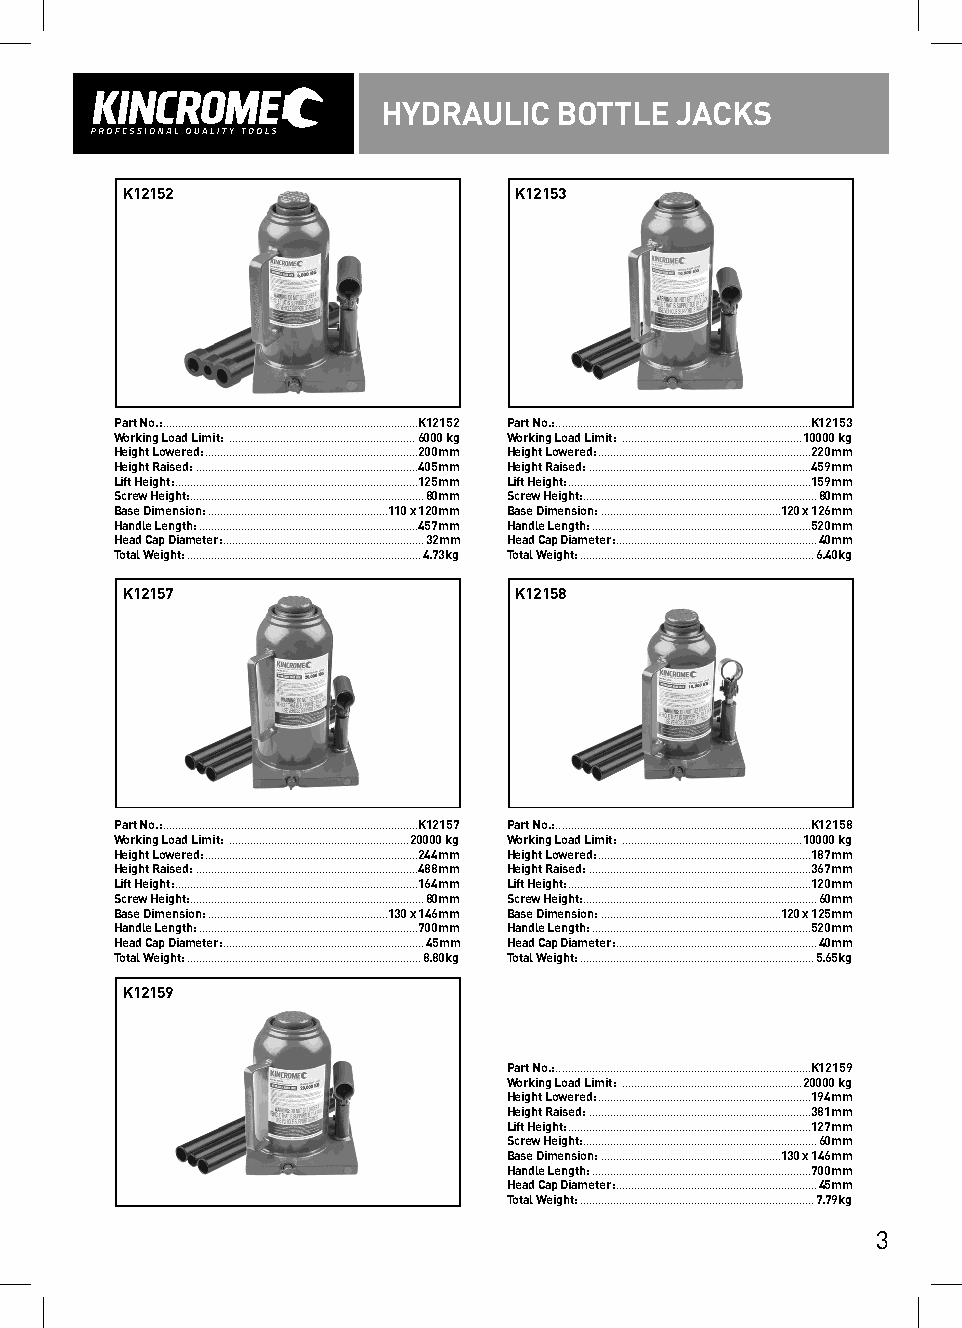
HYDRAULIC   BOTTLE  JACKS
 K12152                    K12153
 Part No.: .....................................................................................K12152 Part No.: .....................................................................................K12153
 Working Load Limit: ..............................................................6000 kg Working Load Limit: ............................................................10000 kg
 Height Lowered: .......................................................................200mm Height Lowered: .......................................................................220mm
 Height Raised: ..........................................................................405mm Height Raised: ..........................................................................459mm
 Lift Height: .................................................................................125mm Lift Height: .................................................................................159mm
 Screw Height: ..............................................................................80mm Screw Height: ..............................................................................80mm
 Base Dimension: ............................................................110 x 120mm Base Dimension: ............................................................120 x 126mm
 Handle Length: .........................................................................457mm Handle Length: .........................................................................520mm
 Head Cap Diameter: ...................................................................32mm Head Cap Diameter: ...................................................................40mm
 Total Weight: ..............................................................................4.73kg Total Weight: ..............................................................................6.40kg
 K12157                    K12158
 Part No.: .....................................................................................K12157 Part No.: .....................................................................................K12158
 Working Load Limit: ............................................................20000 kg Working Load Limit: ............................................................10000 kg
 Height Lowered: .......................................................................244mm Height Lowered: .......................................................................187mm
 Height Raised: ..........................................................................488mm Height Raised: ..........................................................................367mm
 Lift Height: .................................................................................164mm Lift Height: .................................................................................120mm
 Screw Height: ..............................................................................80mm Screw Height: ..............................................................................60mm
 Base Dimension: ............................................................130 x 146mm Base Dimension: ............................................................120 x 125mm
 Handle Length: .........................................................................700mm Handle Length: .........................................................................520mm
 Head Cap Diameter: ...................................................................45mm Head Cap Diameter: ...................................................................40mm
 Total Weight: ..............................................................................8.80kg Total Weight: ..............................................................................5.65kg
 K12159
 Part No.: .....................................................................................K12159
 Working Load Limit: ............................................................20000 kg
 Height Lowered: .......................................................................194mm
 Height Raised: ..........................................................................381mm
 Lift Height: .................................................................................127mm
 Screw Height: ..............................................................................60mm
 Base Dimension: ............................................................130 x 146mm
 Handle Length: .........................................................................700mm
 Head Cap Diameter: ...................................................................45mm
 Total Weight: ..............................................................................7.79kg
 3